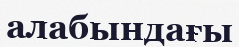
алабындағы